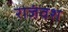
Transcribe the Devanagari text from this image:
राजंवश